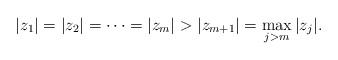
LaTeX: \begin{align*} |z_1|=|z_2|=\cdots=|z_m|>|z_{m+1}|=\max_{j>m}|z_j|. \end{align*}